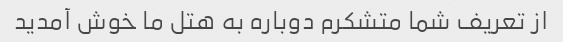
از تعریف شما متشکرم دوباره به هتل ما خوش آمدید